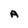
Character: A